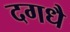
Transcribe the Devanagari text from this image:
दगधै